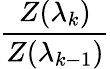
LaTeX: \frac{Z(\lambda_{k})}{Z(\lambda_{k-1})}